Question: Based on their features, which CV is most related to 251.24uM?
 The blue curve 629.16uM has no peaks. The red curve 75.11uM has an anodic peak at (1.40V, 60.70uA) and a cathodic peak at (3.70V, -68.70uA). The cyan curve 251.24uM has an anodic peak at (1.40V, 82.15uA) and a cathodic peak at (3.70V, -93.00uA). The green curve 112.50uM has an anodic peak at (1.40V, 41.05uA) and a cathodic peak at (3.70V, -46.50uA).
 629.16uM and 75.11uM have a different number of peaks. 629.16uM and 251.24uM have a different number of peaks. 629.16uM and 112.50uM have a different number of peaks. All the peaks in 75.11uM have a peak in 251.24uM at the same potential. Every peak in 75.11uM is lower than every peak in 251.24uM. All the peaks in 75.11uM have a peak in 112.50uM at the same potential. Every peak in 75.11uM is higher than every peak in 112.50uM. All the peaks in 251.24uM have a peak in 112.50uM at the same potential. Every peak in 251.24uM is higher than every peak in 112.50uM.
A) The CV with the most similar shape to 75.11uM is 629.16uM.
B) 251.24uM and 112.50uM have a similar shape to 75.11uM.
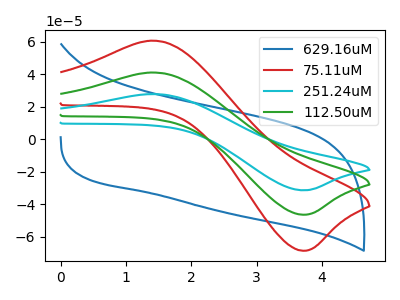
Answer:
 <answer>B) "251.24uM" and "112.50uM" have a similar shape to "75.11uM".</answer>
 <eval>B</eval>